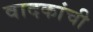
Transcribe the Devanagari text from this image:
वादकांची